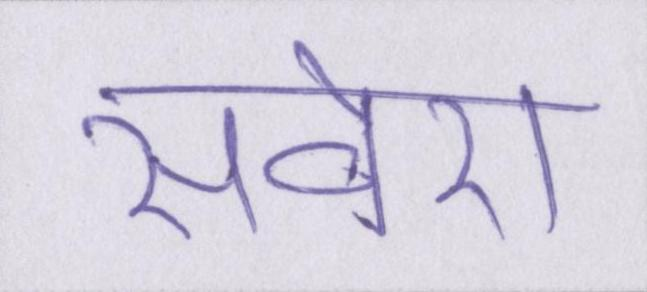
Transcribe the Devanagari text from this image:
सवेरा